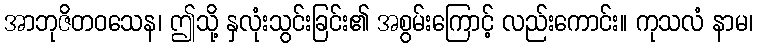
အာဘုဇိတဝသေန၊ ဤသို့ နှလုံးသွင်းခြင်း၏ အစွမ်းကြောင့် လည်းကောင်း။ ကုသလံ နာမ၊